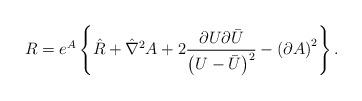
LaTeX: \begin{align*}R = e^{A}\left\{ \hat{R}+\hat{\nabla} ^2 A +2 \frac{\partial U \partial \bar{U}}{\left(U - \bar{U}\right)^2} -\left( \partial A\right)^2 \right\} .\end{align*}